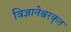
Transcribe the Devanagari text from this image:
विज्ञानेश्वरकृत